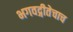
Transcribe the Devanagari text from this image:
भगवद्गीतेचाच